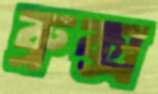
ব্রুক্স